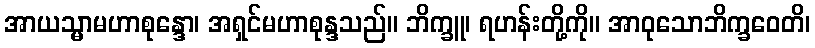
အာယသ္မာမဟာစုန္ဒော၊ အရှင်မဟာစုန္ဒသည်။ ဘိက္ခူ၊ ရဟန်းတို့ကို။ အာဝုသောဘိက္ခဝေတိ၊